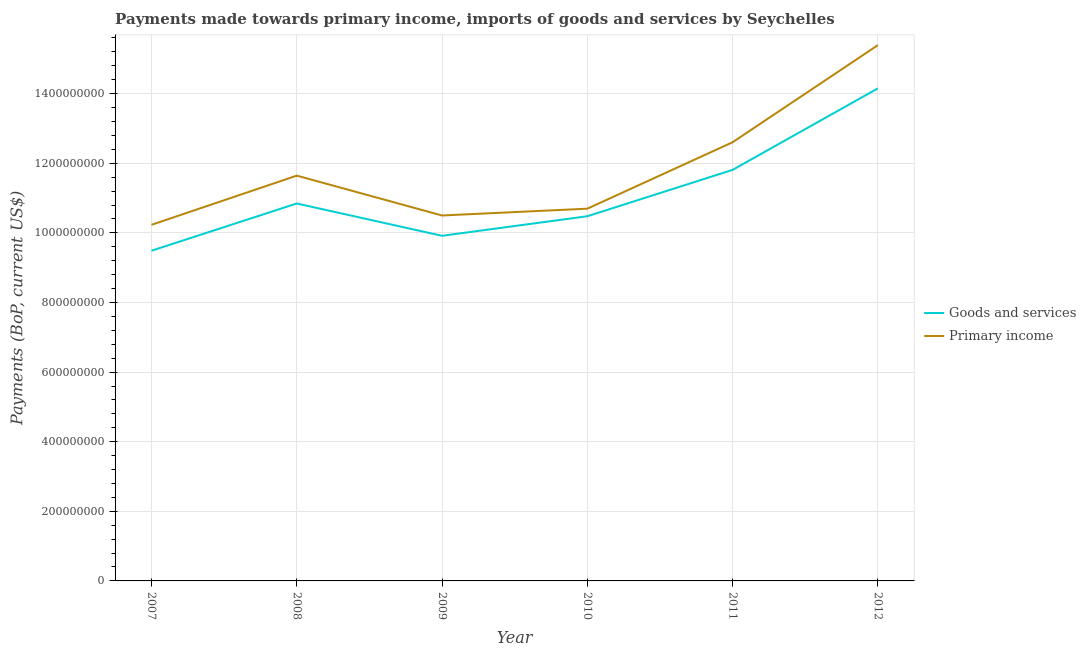
| Year | Goods and services | Primary income |
 | --- | --- | --- |
 | 2007 | 9.49e+08 | 1.02e+09 |
 | 2008 | 1.08e+09 | 1.16e+09 |
 | 2009 | 9.92e+08 | 1.05e+09 |
 | 2010 | 1.05e+09 | 1.07e+09 |
 | 2011 | 1.18e+09 | 1.26e+09 |
 | 2012 | 1.42e+09 | 1.54e+09 |